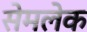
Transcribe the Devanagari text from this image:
सेमलेक